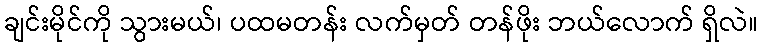
ချင်းမိုင်ကို သွားမယ်၊ ပထမတန်း လက်မှတ် တန်ဖိုး ဘယ်လောက် ရှိလဲ။